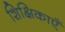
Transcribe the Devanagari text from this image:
शिक्षिकाएँ